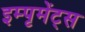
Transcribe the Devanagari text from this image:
इम्पृमेंट्स